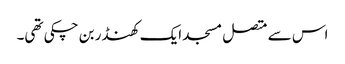
اس سے متصل مسجد ایک کھنڈر بن چکی تھی۔